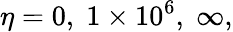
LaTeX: \eta=0,\; 1\times 10^{6},\; \infty,